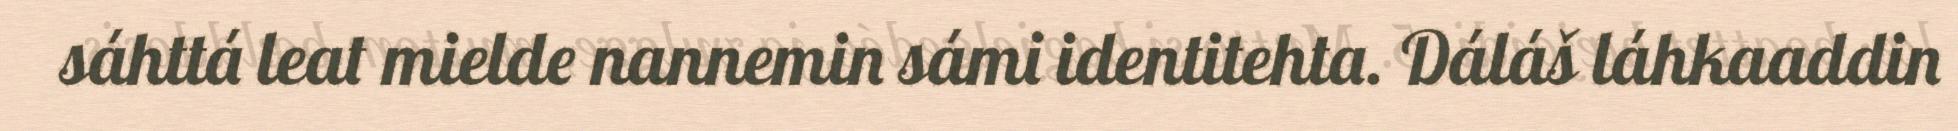
sáhttá leat mielde nannemin sámi identitehta. Dáláš láhkaaddin